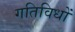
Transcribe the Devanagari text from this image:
गतिविधों